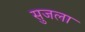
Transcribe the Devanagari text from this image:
सुजला